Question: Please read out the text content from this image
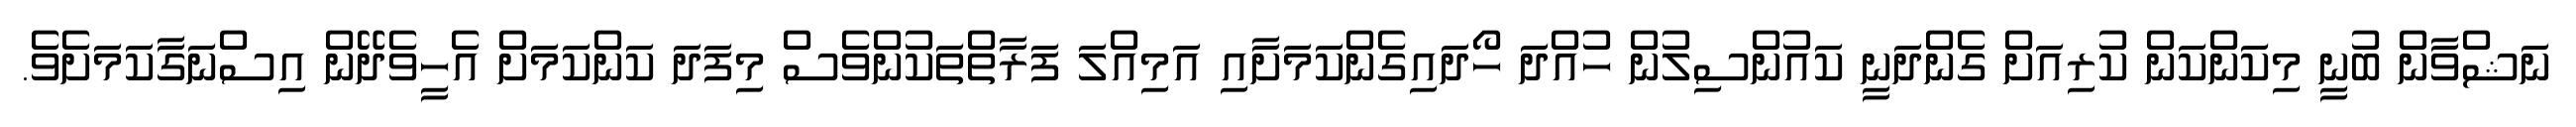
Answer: ނަޝްވާން ބުނީ މިކަންކަން ކުރިއަށް ގެންދަނީ ކައުންސިލުން ހުއްދަ ހޯދައިގެންކަމަށާއި އަމިއްލަ ފަރާތްތަކުންވެސް މިފަދަ ކަންކަމަށް އެހީވެދޭން އިސްނަގާކަމަށެވެ.